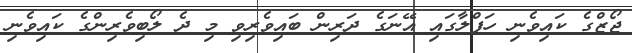
ޖޯޒްގެ ކައިވެނި ހަފްލާގައި އޭނަގެ ދަރިން ބައިވެރިވި މި ދެ ލޯބިވެރިންގެ ކައިވެނި